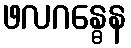
ဖလဂန္ဓေန